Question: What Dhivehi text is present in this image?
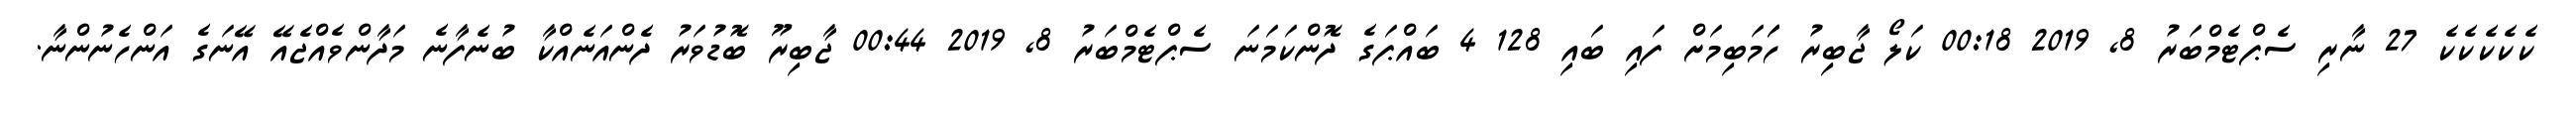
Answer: ކެކެކެކެކެ 27 ނާރި ސެޕްޓެމްބަރު 8, 2019 00:18 ކަލޯ ޖާބިރު ހަަމަބިމަށް ފައި ބައި 128 4 ބައްޕަގެ ދޮންކަމަނަ ސެޕްޓެމްބަރު 8, 2019 00:44 ޖާބިރޫ ބޮޑުވަރު ދެންއަނެއްކާ ބުނެފާނެ މަދާންވެއްޖެއޭ އޭނަގެ އަންހެނުންނާ.